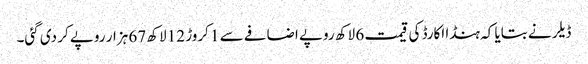
ڈیلر نے بتایا کہ ہنڈا اکارڈ کی قیمت 6 لاکھ روپے اضافے سے 1 کروڑ 12 لاکھ 67 ہزار روپے کر دی گئی۔